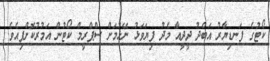
ކޯޓުގެ ފަނޑިޔާރު އަބްދު ދީދީއާ މެދު ފިޔަވަޅު ނޭޅުމަށް ސްޕްރީމް ކޯޓުން އަމުރުކޮށްފިއެވެ.